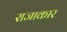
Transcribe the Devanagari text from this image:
राजाकार